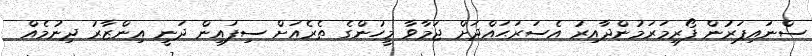
ސްނައިޕަރުން ފޯރިމަރަމުންދާއިރު އެސަރަޙައްދަށް ޖަމާވާ މީހުންގެ ތެރެއަށް ސިފައިން ދަނީ އިންޒާރު ދިނުމެއް